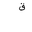
Letter: _qaf